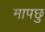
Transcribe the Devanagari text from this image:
मापछु